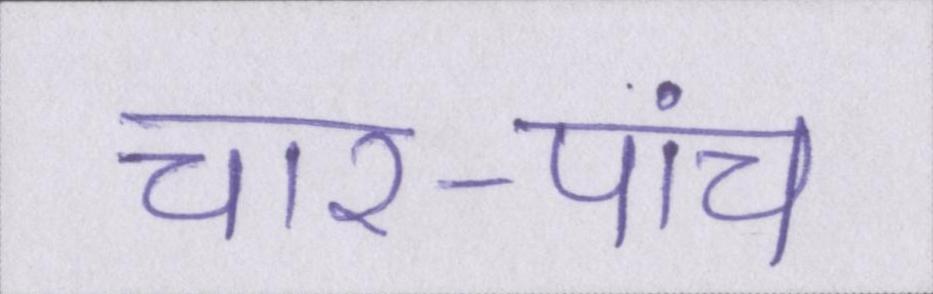
चार-पांच